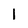
Character: I